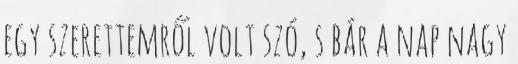
egy szerettemről volt szó, s bár a nap nagy